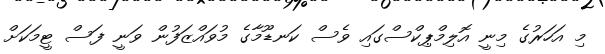
މި އަހަރުގެ މިނީ އޮލިމްޕިކްސްގައި ވެސް ކަނޑޫމާގެ މުވައްޒަފުން ވަނީ ފަސް ޓީމަކަށް